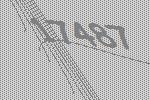
17487